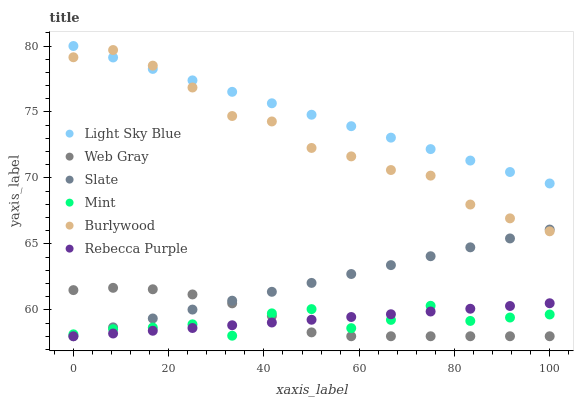
| xaxis_label | Light Sky Blue | Web Gray | Slate | Mint | Burlywood | Rebecca Purple |
 | --- | --- | --- | --- | --- | --- | --- |
 | 0 | 80 | 61.5 | 58 | 58.1 | 79.1 | 58 |
 | 8.33 | 79.1 | 61.7 | 58.7 | 58.5 | 79.7 | 58.2 |
 | 16.7 | 78.3 | 61.6 | 59.3 | 58.7 | 78.5 | 58.4 |
 | 25 | 77.4 | 61.2 | 60 | 58.9 | 76.9 | 58.6 |
 | 33.3 | 76.5 | 60.5 | 60.7 | 58 | 74.7 | 58.8 |
 | 41.7 | 75.7 | 59.5 | 61.4 | 59.7 | 74.3 | 59 |
 | 50 | 74.8 | 58.3 | 62 | 60.1 | 72.3 | 59.3 |
 | 58.3 | 73.9 | 58 | 62.7 | 58.6 | 71.6 | 59.5 |
 | 66.7 | 73.1 | 58 | 63.4 | 59.2 | 70.6 | 59.7 |
 | 75 | 72.2 | 58 | 64.1 | 60.3 | 70.2 | 59.9 |
 | 83.3 | 71.3 | 58 | 64.7 | 59.2 | 68 | 60.1 |
 | 91.7 | 70.4 | 58 | 65.4 | 59.4 | 66.9 | 60.3 |
 | 100 | 69.6 | 58 | 66.1 | 59.7 | 66 | 60.5 |